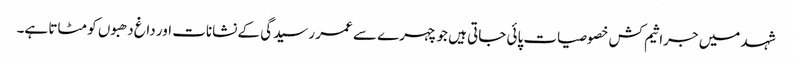
شہد میں جراثیم کش خصوصیات پائی جاتی ہیں جو چہرے سے عمر رسیدگی کے نشانات اور داغ دھبوں کو مٹاتا ہے۔